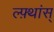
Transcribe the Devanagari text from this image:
ल्फ़्थांस्